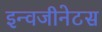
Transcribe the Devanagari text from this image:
इन्वजीनेटस